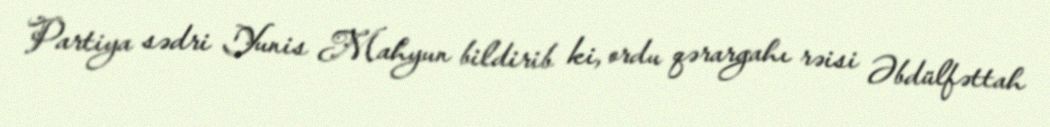
Partiya sədri Yunis Mahyun bildirib ki, ordu qərargahı rəisi Əbdülfəttah